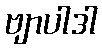
ဗျာပါဒါ